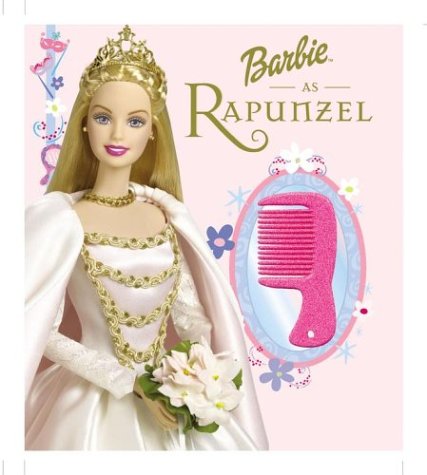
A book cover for Barbie As Rapunzel: A Magical Princess Story; Beth Rogers; Children's Books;